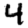
Digit: 4